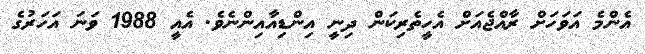
އެންމެ އަވަހަށް ރާއްޖެއަށް އެހީތެރިކަން ދިނީ އިންޑިއާއިންނެވެ. އެއީ 1988 ވަނަ އަހަރުގެ